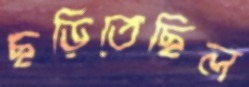
ছড়িতেছিল